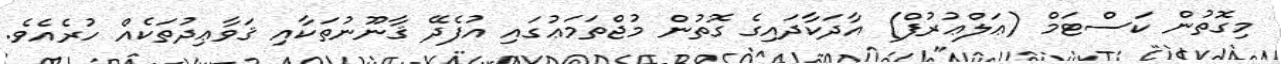
މިގޮތުން ކަސްޓަމް (ޢަލްޢުރުފް) އާދަކާދައިގެ ގޮތުން މުޖްތަމަޢުގައި އުފެދޭ ޤާނޫނުތަކާއި ޤަވާޢިދުތަކެއް ހުރެއެވެ.